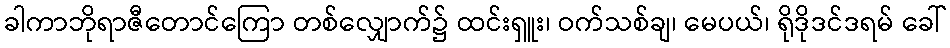
ခါကာဘိုရာဇီတောင်ကြော တစ်လျှောက်၌ ထင်းရှူး၊ ဝက်သစ်ချ၊ မေပယ်၊ ရိုဒိုဒင်ဒရမ် ခေါ်